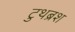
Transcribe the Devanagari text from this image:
टुथब्रश